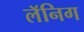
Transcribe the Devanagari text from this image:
लॅनिग